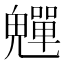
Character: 𩴫